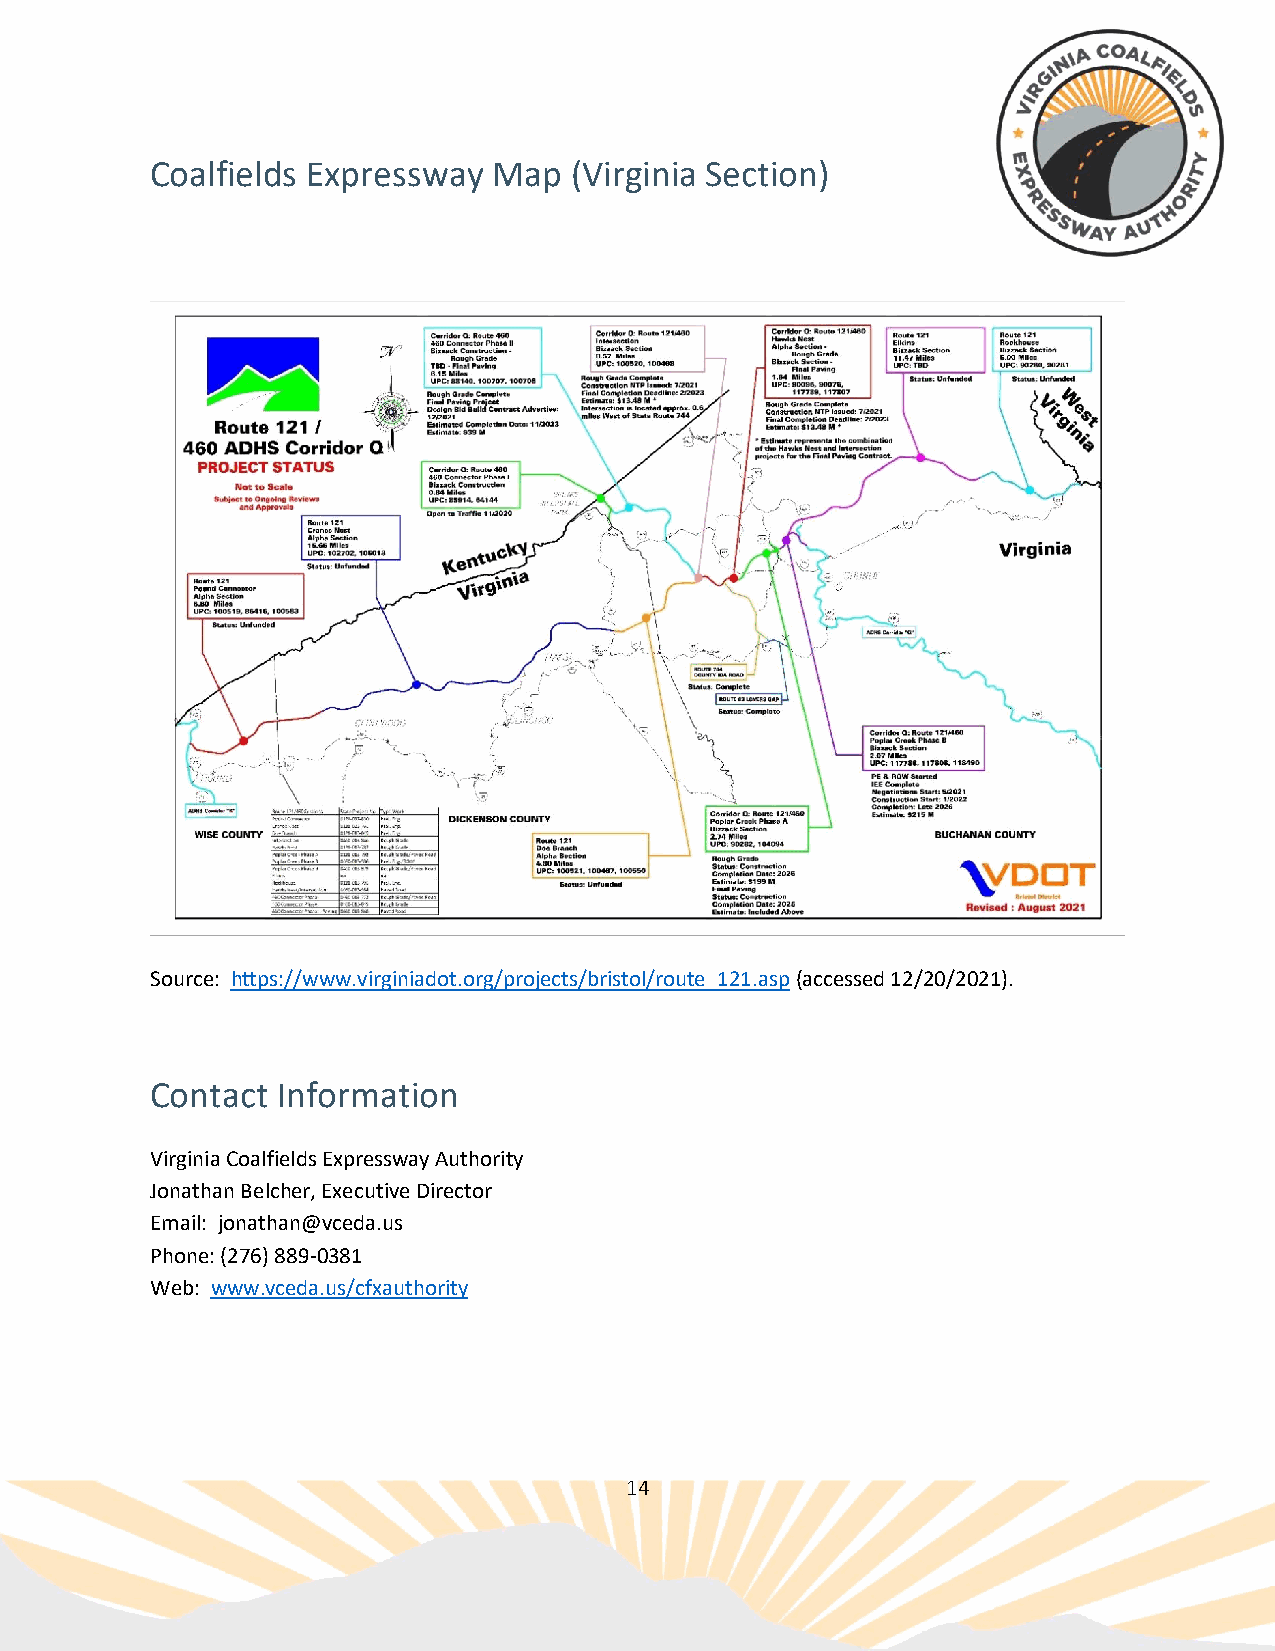
Coalfields Expressway  Map  (Virginia Section)
 Source: https://www.virginiadot.org/projects/bristol/route_121.asp (accessed 12/20/2021).
 Contact Information
 Virginia Coalfields Expressway Authority
 Jonathan Belcher, Executive Director
 Email: jonathan@vceda.us
 Phone: (276) 889-0381
 Web: www.vceda.us/cfxauthority
 14